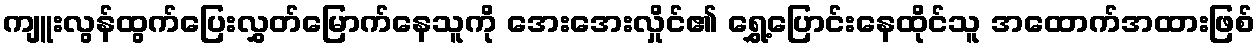
ကျူးလွန်ထွက်ပြေးလွှတ်မြောက်နေသူကို အေးအေးလှိုင်၏ ရွှေ့ပြောင်းနေထိုင်သူ အထောက်အထားဖြစ်